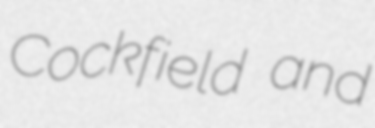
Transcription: Cockfield and